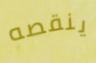
ينقصه